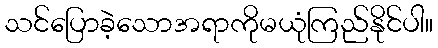
သင်ပြောခဲ့သောအရာကိုမယုံကြည်နိုင်ပါ။